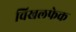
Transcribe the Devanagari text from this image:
चिखलफेक